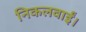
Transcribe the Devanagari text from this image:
निकलवाईं।